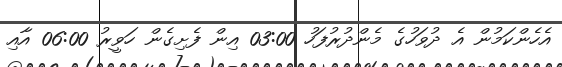
އެހެންކަމުން އެ ދުވަހުގެ މެންދުރުފަހު 03:00 އިން ފެށިގެން ހަވީރު 06:00 އާއި